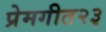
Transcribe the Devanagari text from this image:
प्रेमगीत२३